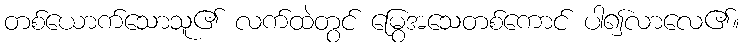
တစ်ယောက်သောသူ၏ လက်ထဲတွင် မြွေအသေတစ်ကောင် ပါ၍လာလေ၏။